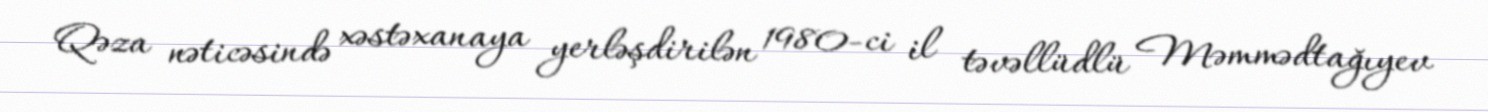
Qəza nəticəsində xəstəxanaya yerləşdirilən 1980-ci il təvəllüdlü Məmmədtağıyev